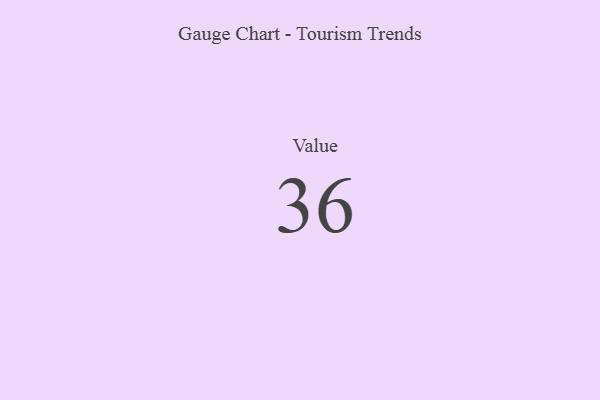
{"axis": {"x": "Metric", "y": "Value"}, "legend": [""], "data": [{"x": "Value", "y": 36, "type": ""}]}